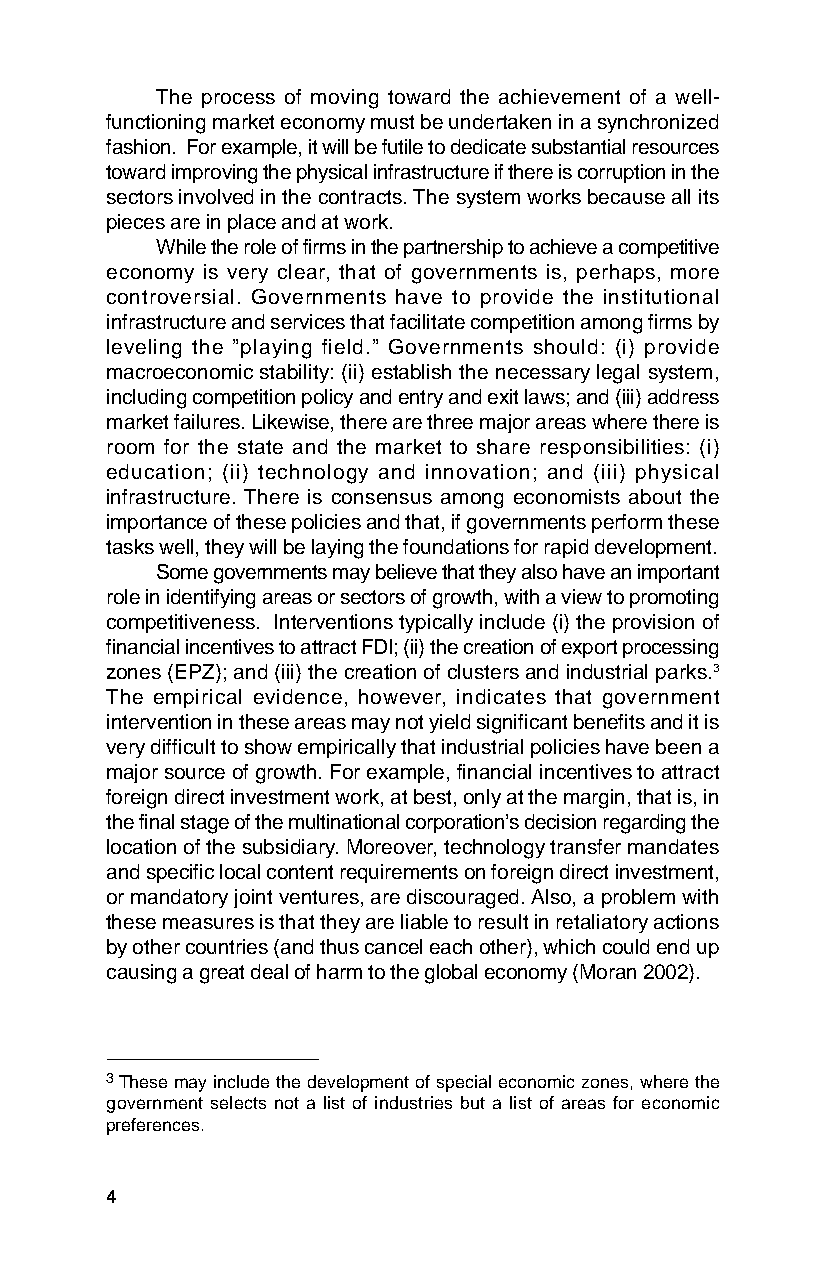
The process of moving toward the achievement of a well-
 functioning market economy must be undertaken in a synchronized
 fashion. For example, it will be futile to dedicate substantial resources
 toward improving the physical infrastructure if there is corruption in the
 sectors involved in the contracts. The system works because all its
 pieces are in place and at work.
 While the role of firms in the partnership to achieve a competitive
 economy is very clear, that of governments is, perhaps, more
 controversial. Governments have to provide the institutional
 infrastructure and services that facilitate competition among firms by
 leveling the ”playing field.” Governments should: (i) provide
 macroeconomic stability: (ii) establish the necessary legal system,
 including competition policy and entry and exit laws; and (iii) address
 market failures. Likewise, there are three major areas where there is
 room for the state and the market to share responsibilities: (i)
 education; (ii) technology and innovation; and (iii) physical
 infrastructure. There is consensus among economists about the
 importance of these policies and that, if governments perform these
 tasks well, they will be laying the foundations for rapid development.
 Some governments may believe that they also have an important
 role in identifying areas or sectors of growth, with a view to promoting
 competitiveness. Interventions typically include (i) the provision of
 financial incentives to attract FDI; (ii) the creation of export processing
 zones (EPZ); and (iii) the creation of clusters and industrial parks.3
 The empirical evidence, however, indicates that government
 intervention in these areas may not yield significant benefits and it is
 very difficult to show empirically that industrial policies have been a
 major source of growth. For example, financial incentives to attract
 foreign direct investment work, at best, only at the margin, that is, in
 the final stage of the multinational corporation’s decision regarding the
 location of the subsidiary. Moreover, technology transfer mandates
 and specific local content requirements on foreign direct investment,
 or mandatory joint ventures, are discouraged. Also, a problem with
 these measures is that they are liable to result in retaliatory actions
 by other countries (and thus cancel each other), which could end up
 causing a great deal of harm to the global economy (Moran 2002).
 3These may include the development of special economic zones, where the
 government selects not a list of industries but a list of areas for economic
 preferences.
 4